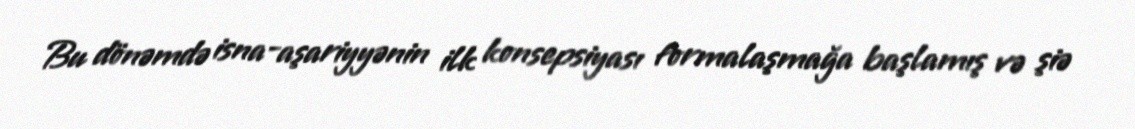
Bu dönəmdə isna-aşariyyənin ilk konsepsiyası formalaşmağa başlamış və şiə